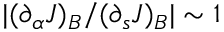
| ( \partial _ { \alpha } J ) _ { B } / ( \partial _ { s } J ) _ { B } | \sim 1